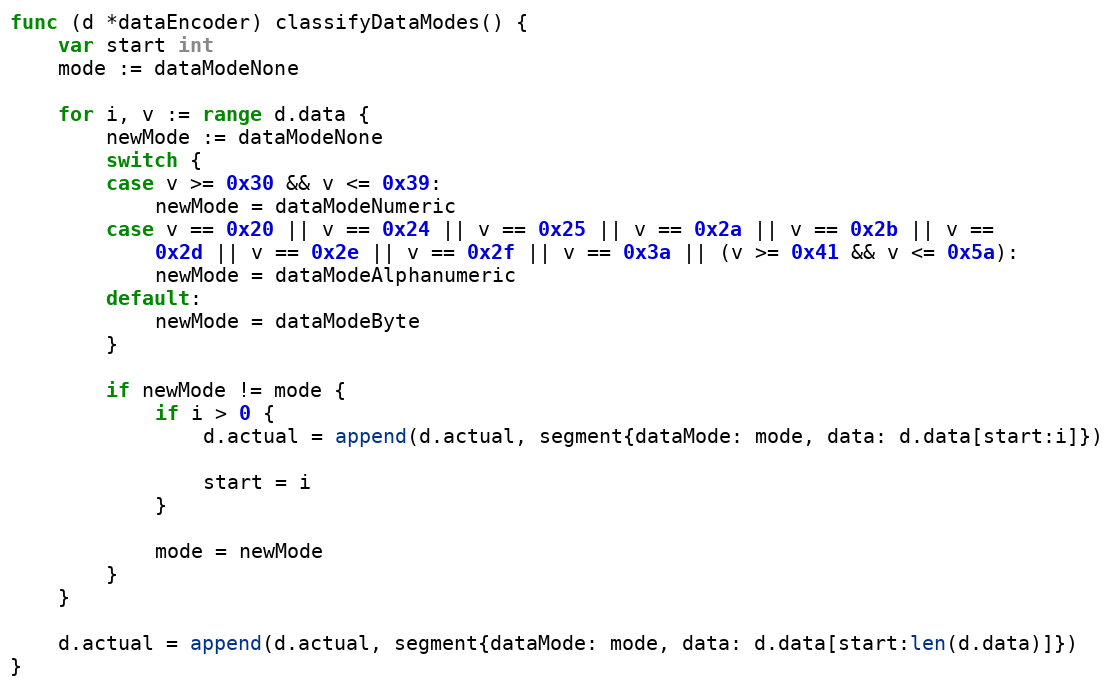
Language: Go
func (d *dataEncoder) classifyDataModes() {
	var start int
	mode := dataModeNone

	for i, v := range d.data {
		newMode := dataModeNone
		switch {
		case v >= 0x30 && v <= 0x39:
			newMode = dataModeNumeric
		case v == 0x20 || v == 0x24 || v == 0x25 || v == 0x2a || v == 0x2b || v ==
			0x2d || v == 0x2e || v == 0x2f || v == 0x3a || (v >= 0x41 && v <= 0x5a):
			newMode = dataModeAlphanumeric
		default:
			newMode = dataModeByte
		}

		if newMode != mode {
			if i > 0 {
				d.actual = append(d.actual, segment{dataMode: mode, data: d.data[start:i]})

				start = i
			}

			mode = newMode
		}
	}

	d.actual = append(d.actual, segment{dataMode: mode, data: d.data[start:len(d.data)]})
}